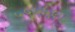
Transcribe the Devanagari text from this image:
५५५५९७